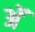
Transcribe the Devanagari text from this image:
अॅ